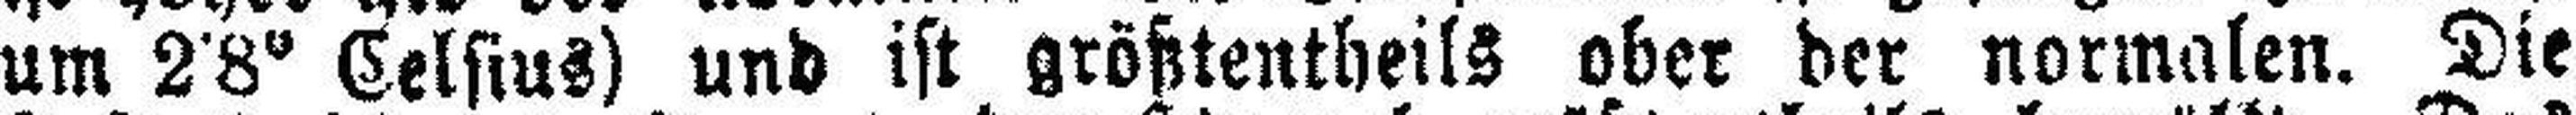
um 2˙8° Celsius) und ist größtentheils ober der normalen. Die